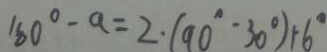
1 6 0 ^ { \circ } - a = 2 \cdot ( 9 0 ^ { \circ } - 3 0 ^ { \circ } ) 1 \cdot 6 ^ { \circ }